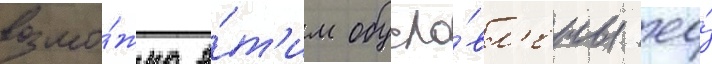
возмо́жно э́т'им обусло́вл'ены ео́